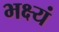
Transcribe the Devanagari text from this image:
भक्ष्यं